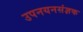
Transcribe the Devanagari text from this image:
उपनयनसंज्ञक